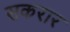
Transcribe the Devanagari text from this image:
सकरार